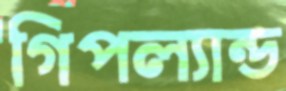
গিপল্যান্ড